Medical and sanitary report of the native army of Bengal for the year
Year: 1876
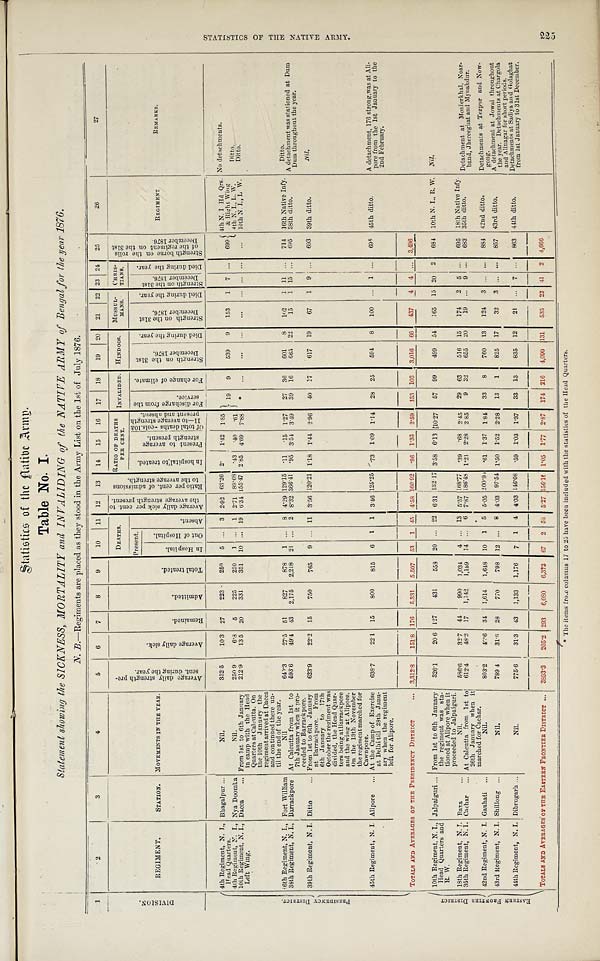
Table No. I.
Statement showing the SICKNESS, MORTALITY and INVALIDING of the NATIVE ARMY of Bengal for the year 1876.
N. B.—Regiments are placed as they stood in the Army List on the 1st of July 1876.
1
2
3
4
5
6
7
8
9
10 11 12 13 14 15 16 17 18 19 20 21 22 23 24 25
26
27
D I V I S I O N .
REGIMENT.
STATION. MOVEMENTS IN THE YEAR.
A v e r a g e d a i l y s t r e n g t h p e r s e n t . d u r i n g t h e y e a r .
A v e r a g e d a i l y s i c k .
R e m a i n e d .
A d m i t t e d .
T o t a l t r e a t e d .
DEATHS.
A v e r a g e d a i l y s i c k p e r c e n t . t o t h e a v e r a g e s t r e n g t h p r e s e n t .
R a t i o p e r c e n t . o f a d m i s s i o n s t o t h e a v e r a g e s t r e n g t h . RATIO OF DEATHS
PER CENT. INVALIDED. HINDOOS. MUSSUL- MANS.
CHRIS -
TIANS,
S t r e n g t h b o r n e o n t h e r o l l s o f t h e r e g i m e n t o n t h e 3 1 s t D e c e m b e r 1 8 7 6 .
REGIMENT
REMARKS.
A b s e n t .
I n h o s p i t a l t o t r e a t e d . p r e s e n t t o a v e r a g e s t r e n g t h p r e s e n t .
O f t o t a l d e a t h s - c o l s . 1 0 & 1 1 — t o a v e r a g e s t r e n g t h p r e s e n t a n d a b s e n t . F o r d i s c h a r g e f r o m t h e s e r v i c e .
F o r c h a n g e o f c l i m a t e .
S t r e n g t h o n t h e 3 1 s t D e c e m b e r 1 8 7 6 .
D i e d d u r i n g t h e y e a r . S t r e n g t h o n t h e 3 1 s t D e c e m b e r 1 8 7 6
D i e d d u r i n g t h e y e a r . S t r e n g t h o n t h e 3 1 s t D e c e m b e r 1 8 7 6 .
D i e d d u r i n g t h e y e a r .
p r e s e n t .
I n H o s p i t a l .
O u t o f H o s p i t a l .
P R E S I D E N C Y D I S T R I C T .
4th Regiment, N. J.,
Head Quarters.
Bhagalpur ...
Nil.
352.5
10.3 27 223 250 5 ... 3 2.92 63.26 2. 1.42 1.85
19
9
5 3 9
9
153
1 7 . . .
699 4th N. I Hd Qrs.
&Right Win
g
4th N. I. L. W.
No detachments.
4th Regiment, N. I., Nya Doomka
Nil.
250.9
6.3 5 225 230 1 ... 1 2.71 89.68 . 4 3 . 40 61
Ditto.
10th Regiment, N. I.,
Left Wing,
Dacca ... From 1st to 6th January
in camp with the Head
Quarters at Calcutta. On
the 10th January the
regiment arrived at Dacca
and continued there un-
til the end of the year.
212.9
13.5 20 331 351 10 ... 19 6.34 155.47 2.85 4.69 7.88 * . . . ... ... ... ...
. . . . . .
... 10th N. I., L W. Ditto.
6th Regiment, N. I., Fort William
Nil
640.3 27.5 51
827 878 1 ... 8 4.29 129.15
. 1 1 . 15 1.27 27 36 601 8 102 1 11 ... 714 16th Native Infy. Ditto.
38th Regiment, N. I., Barrackpore At Calcutta from 1st to
7th January when it pro-
ceeded to Barrackpore.
5 9 3 . 6 49.4 43 2,175 2,218 21 ... 2 8.32 366.41 . 9 5 3.54 3.49 39 16 665 22 15 1 15 ... 695 38th ditto.
A detachment was stationed at Dum
D u m t h r o u g h o u t t h e y e a r .
39th Regiment, N. I. Ditto ... From 1st to 6th January
at Barrackpore. From
6th January to 17th
October the regiment was
divided, the Head Quar-
ters being at Barrackpore
and the wing at Alipore.
On the 13th November
the regiment marched for
Cawnpore.
623.9 22.2 15 750 765 9 ... 11 3.56 120.21 1.18 1.44 2.96 40 17 617 19 67 1 9 ... 693 39th ditto.
N i l .
45th Regiment, N. I. Alipore
. . . At the Camp of Exercise
at Delhi till 28th Janu-
ary when the regiment
left for Alipore.
638.7 22.1 15 800 815 6 1 1 3.46 125.25 .73 1.09 1.14 28 25 594 8 100 ... 1 ... 695 45th ditto.
A detachment, 176 strong was at Ali-
pore from the 1st January to the
2nd February.
TOTALS AND AVERAGES OF THE PRESIDENCY DISTRICT . . . 3,312.8 151.8 176 5.331 5,507 53 1 45 4.58 160.92
. 9 6 1.33 2 . 5 9 153 103 3,016 6 6 437 4 4 ... 3,496
E A S T R R N F R O N T I E R D I S T R I C T
10th Regiment, N. I.,
Head Quarters and
R. W.
Jalpaiguri ... From 1st to 6th January
the regiment was sta-
tioned at Alipore when it
proceeded to Jalpaiguri.
326.1 206 127 431 558 20 ... 22 6.31 132.17 3.58 6.13 10.27 57 99 499 54 165 15 20 2 684 10th N. I., R. W.
Ni l .
18th Regiment, N. I. Baxa . . .
Nil.
586.6 32.7 44 990 1,034 4 ... 13 5.57 168.77 . 3 9 .68 2.45 29 63 516 15 174 2 5 ... 695 18th Native Infy.
35th Regiment, N. I. Cachar ... At Calcutta from 1st to
26th January when it
marched for Cachar.
612.4 48.2 17 1,142 1,159 14 ... 6 7.87 186.48 1.21 2.28 2.85 9 32 655 20 19
. . . 9 . . . 683 35th ditto.
Detachment at Monierkhal, Noar-
band Jhereeghat and Mynahdur.
42nd Regiment, N. I. Gauhati ...
Nil
803.2 40.6 34 1,614 1,648 10 1 5 5.05 200.9
. 6 1 1.37 1.84 33 8 760 13 124 3 . . . ... 884 42nd ditto.
Detachments at Tezpur and Now- g o n g .
43rd Regiment, N. I. Shillong ...
Nil.
789.4 31.8 28 770 798 12 ... 8 4.03 97.54 1. 50 1.52 2.28 13 1 825 17 32 3 ... ... 857 43rd ditto.
A detachment at Jowai throughout
the year. Detachments at Chargola
and Alinagar for short periods.
44th Regiment, N. I. Dibrugarh ...
N i l .
7 7 5 . 6 31.3 43 1,133 1,176 7 1 4 4.03 146.08 .59 1.03 137 33 13 835 12 21 ... 7 . . . 863 44th ditto.
Detachments at Sadiya and Golaghat
from 1st January to 31st December.
TOTALS AND AVERAGES OF THE EASTERN FRONTIER DISTRICT ... 3893.3 205.2 293 6, 080 6,393 67 2 5 8 5.27 156.10 1.05 1.77 2.87 174 216
4 , 0 9 0 131 535 23 41 2 4,666
*The items from columns 17 to 25 have been included with the statistics of the Head Quarters.
S T A T I S T I C S O F T H E N A T I V E A R M Y .
225